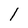
Character: 1